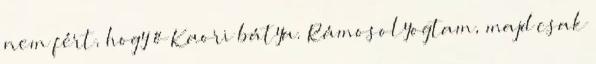
nem fért, hogy ő Kaori bátya. Rámosolyogtam, majd csak